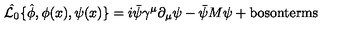
\hat { { \cal L } _ { 0 } } \{ \hat { \phi } , \phi ( x ) , \psi ( x ) \} = i \bar { \psi } \gamma ^ { \mu } \partial _ { \mu } \psi - \bar { \psi } M \psi + \mathrm { b o s o n t e r m s }